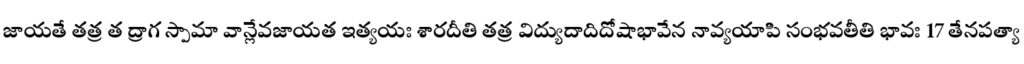
జాయతే తత్ర త ద్రాగ స్పామా వాన్లేవజాయత ఇత్యయః శారదీతి తత్ర విద్యుదాదిదోషాభావేన నావ్యయాపి సంభవతీతి భావః 17 తేనపత్యా